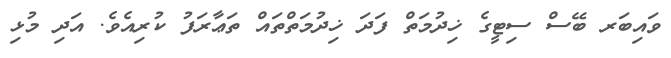
ވައިބަރ ބޭސް ސިޓީގެ ޚިދުމަތް ފަދަ ޚިދުމަތްތައް ތަޢާރަފު ކުރިއެވެ. އަދި މުޅި